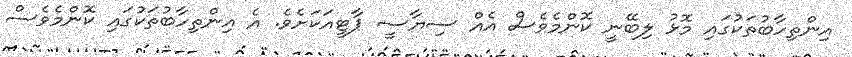
އިންތިހާބުތަކުގައި މޮޅު ލިބޭނީ ކޮންމެވެސް އެއް ސިޔާސީ ޕާޓީއަކަށެވެ. އެ އިންތިހާބުތަކުގައި ކޮންމެވެސް